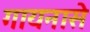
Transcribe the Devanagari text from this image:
गायनासे